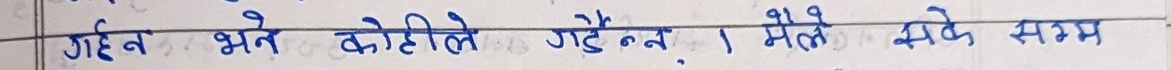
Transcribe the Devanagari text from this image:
गर्दन भने कोहिले गर्दैन । मैले सके सम्म